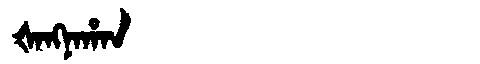
Manchu: ᡧᠠᠩᠨᠠᡥᠠᠨ
Romanization: ŠANGNAHAN